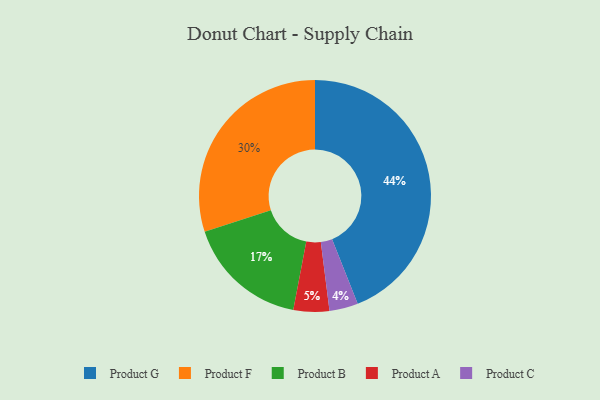
{"axis": {"x": "Category", "y": "Percentage"}, "legend": ["Product A", "Product B", "Product C", "Product F", "Product G"], "data": [{"x": "Product C", "y": 4, "type": "Product C"}, {"x": "Product G", "y": 44, "type": "Product G"}, {"x": "Product A", "y": 5, "type": "Product A"}, {"x": "Product B", "y": 17, "type": "Product B"}, {"x": "Product F", "y": 30, "type": "Product F"}]}